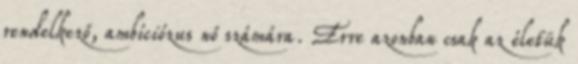
rendelkező, ambíciózus nő számára. Erre azonban csak az életük